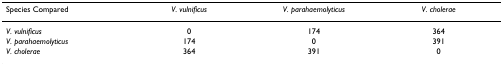
<table><thead><tr><td><b>Species Compared</b></td><td><b><i>V. vulnificus</i></b></td><td><b><i>V. parahaemolyticus</i></b></td><td><b><i>V. cholerae</i></b></td></tr></thead><tbody><tr><td><i>V. vulnificus</i></td><td>0</td><td>174</td><td>364</td></tr><tr><td><i>V. parahaemolyticus</i></td><td>174</td><td>0</td><td>391</td></tr><tr><td><i>V. cholerae</i></td><td>364</td><td>391</td><td>0</td></tr></tbody></table>